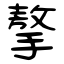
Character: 摮